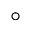
^ { \circ }